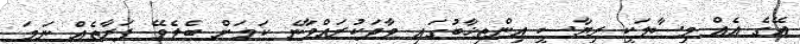
އޭގެ އެއް މިސާލަކީ ރިޔާސީ އިންތިޚާބުގައި ވާދަކުރައްވާނެ ކަމަށް ބެލެވޭ ފަރާތެއް ނަމަ